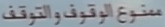
ممنوع الوقوف والتوقف